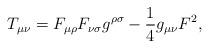
LaTeX: \begin{align*}T_{\mu\nu}=F_{\mu\rho}F_{\nu\sigma}g^{\rho\sigma}-\frac{1}{4}g_{\mu\nu}F^2,\end{align*}